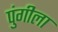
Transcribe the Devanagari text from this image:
पुंगीला